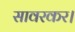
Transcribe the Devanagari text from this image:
सावरकर।